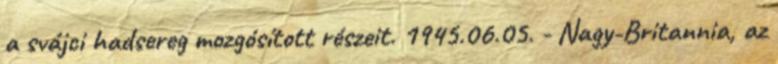
a svájci hadsereg mozgósított részeit. 1945.06.05. - Nagy-Britannia, az